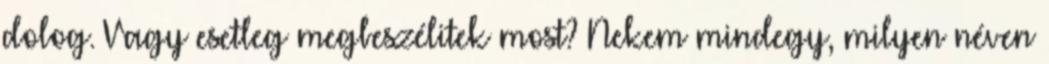
dolog. Vagy esetleg megbeszélitek most? Nekem mindegy, milyen néven